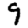
Digit: 9